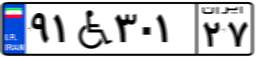
۵۸W۵۹۶۱۹